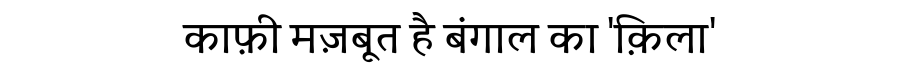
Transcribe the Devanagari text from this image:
काफ़ी मज़बूत है बंगाल का 'क़िला'